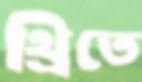
থ্রিতে